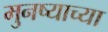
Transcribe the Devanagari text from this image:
मुनष्याच्या